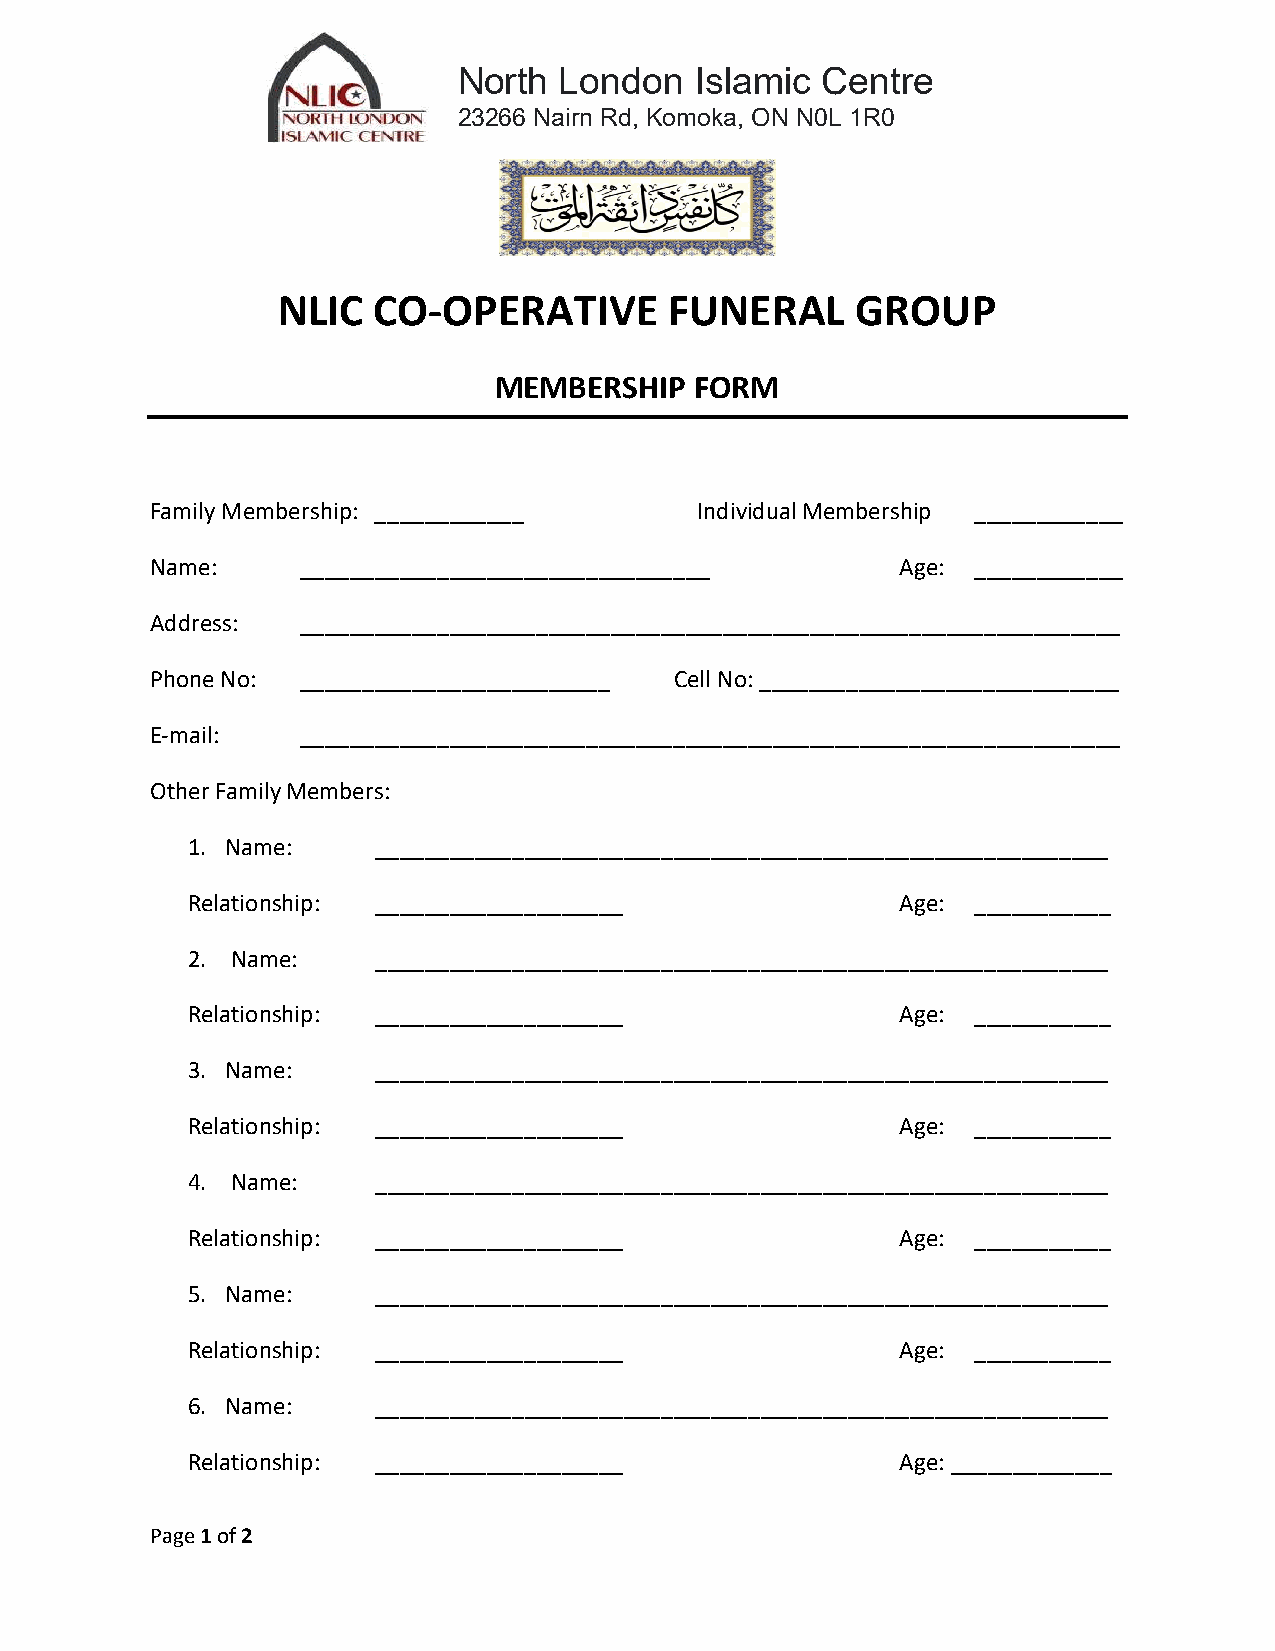
North  London   Islamic Centre
 23266 Nairn Rd, Komoka, ON N0L 1R0
 NLIC   CO-OPERATIVE       FUNERAL      GROUP
 MEMBERSHIP   FORM
 Family Membership: ____________     Individual Membership ____________
 Name:     _________________________________       Age: ____________
 Address:  __________________________________________________________________
 Phone No: _________________________ Cell No: _____________________________
 E-mail:   __________________________________________________________________
 Other Family Members:
 1. Name:     ___________________________________________________________
 Relationship: ____________________              Age: ___________
 2. Name:     ___________________________________________________________
 Relationship: ____________________              Age: ___________
 3. Name:     ___________________________________________________________
 Relationship: ____________________              Age: ___________
 4. Name:     ___________________________________________________________
 Relationship: ____________________              Age: ___________
 5. Name:     ___________________________________________________________
 Relationship: ____________________              Age: ___________
 6. Name:     ___________________________________________________________
 Relationship: ____________________              Age: _____________
 Page 1 of 2